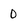
Character: 0